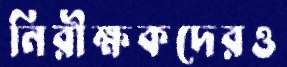
নিরীক্ষকদেরও